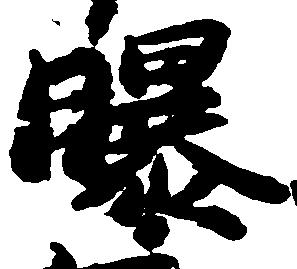
曝